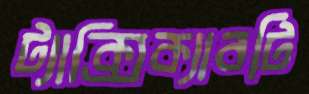
ট্যাক্সিক্যাবটি